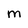
Character: m